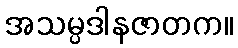
အသမ္ပဒါနဇာတက။